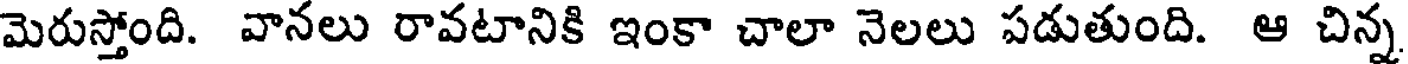
మెరుస్తోంది. వానలు రావటానికి ఇంకా చాలా నెలలు పడుతుంది. ఆ చిన్న